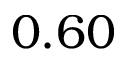
0 . 6 0